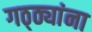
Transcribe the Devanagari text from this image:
गठ्ठ्यांना